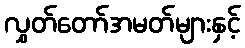
လွှတ်တော်အမတ်များနှင့်